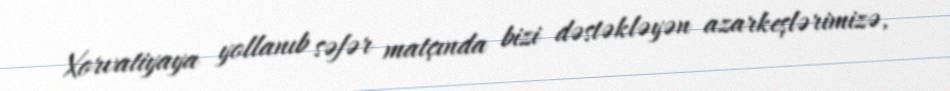
Xorvatiyaya yollanıb səfər matçında bizi dəstəkləyən azarkeşlərimizə,